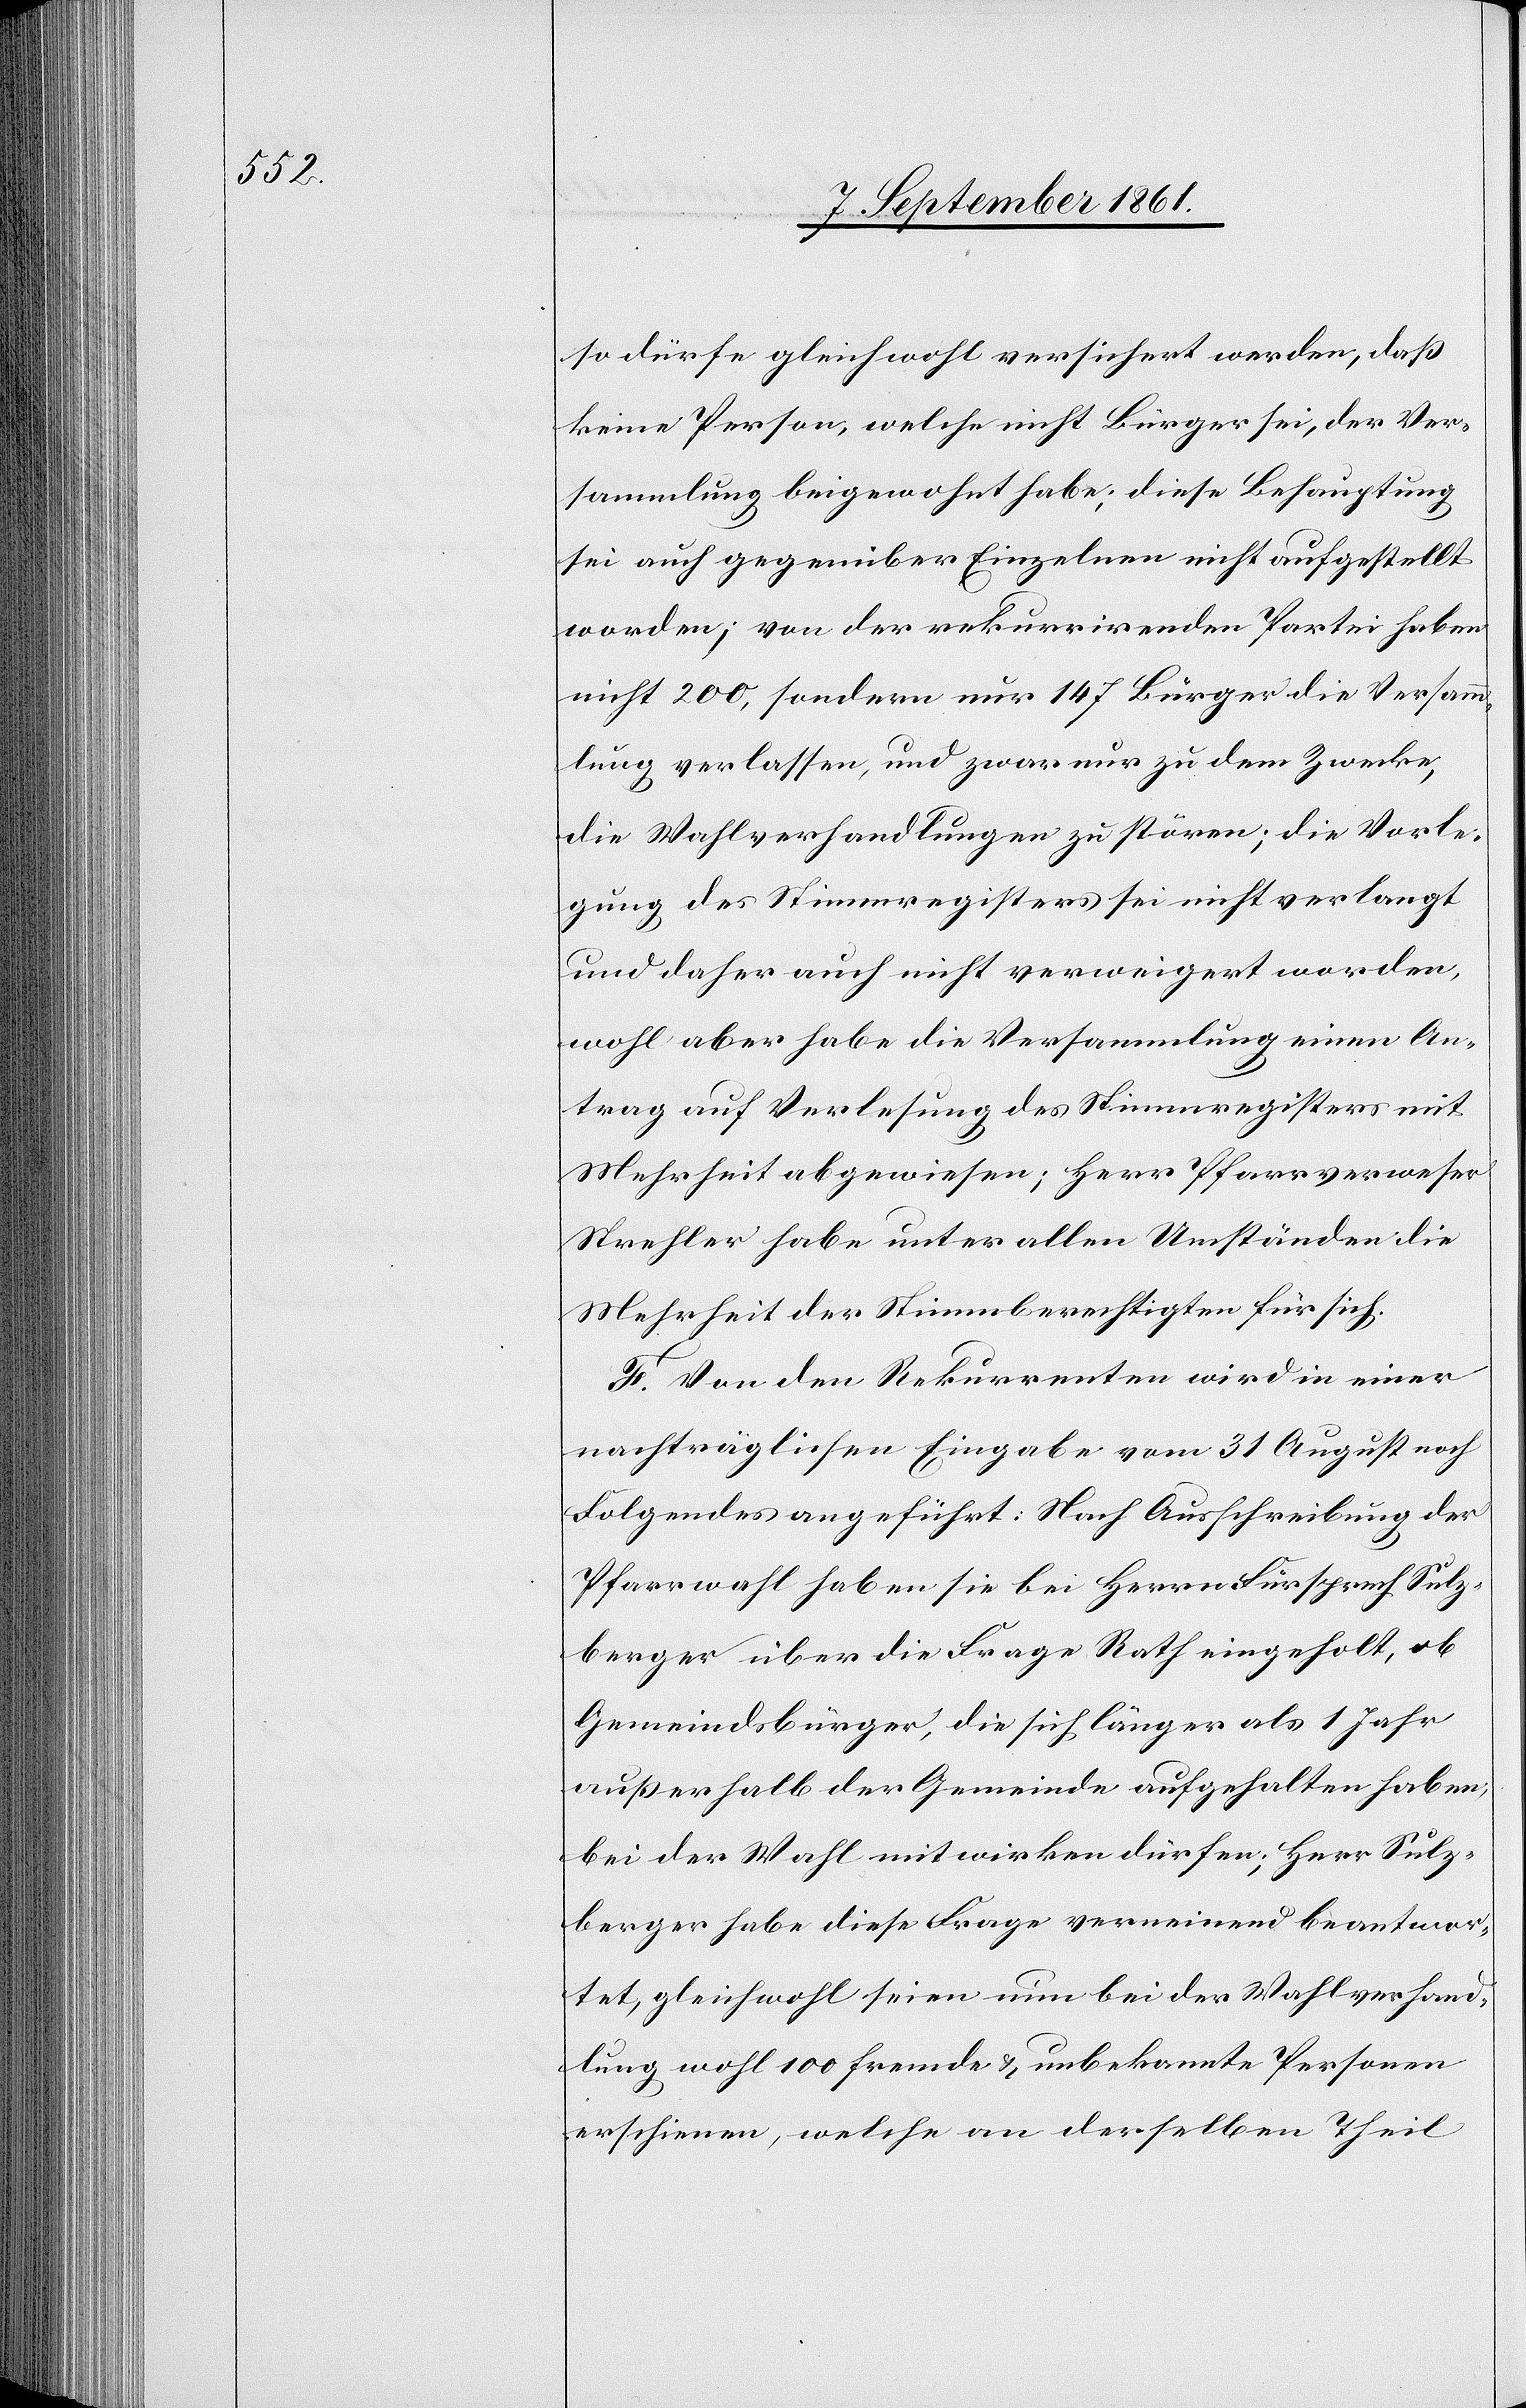
so dürfe gleichwohl versichert werden, daß
keine Person, welche nicht Bürger sei, der Ver¬
sammlung beigewohnt habe; diese Behauptung
sei auch gegenüber Einzelnen nicht aufgestellt
worden; von der rekurrirenden Partei haben
nicht 200, sondern nur 147 Bürger die Versamm¬
lung verlassen, und zwar nur zu dem Zwecke,
die Wahlverhandlungen zu stören; die Vorle¬
gung des Stimmregisters sei nicht verlangt
und daher auch nicht verweigert worden,
wohl aber habe die Versammlung einen An¬
trag auf Verlesung des Stimmregisters mit
Mehrheit abgewiesen; Herr Pfarrverweser
Strehler habe unter allen Umständen die
Mehrheit der Stimmberechtigten für sich.
F. Von den Rekurrenten wird in einer
nachträglichen Eingabe vom 31 August noch
Folgendes angeführt: Nach Ausschreibung der
Pfarrwahl haben sie bei Herrn Fürsprech Sulz¬
berger über die Frage Rath eingeholt, ob
Gemeindbürger, die sich länger als 1 Jahr
außerhalb der Gemeinde aufgehalten haben,
bei der Wahl mitwirken dürfen; Herr Sulz¬
berger habe diese Frage verneinend beantwor¬
tet, gleichwohl seien nun bei der Wahlverhand¬
lung wohl 100 fremde u. unbekannte Personen
erschienen, welche an derselben Theil